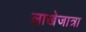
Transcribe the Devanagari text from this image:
लाखेजात्रा